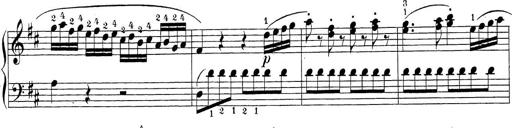
Title: Sonatina Album
Composer: Louis KÃ¶hler